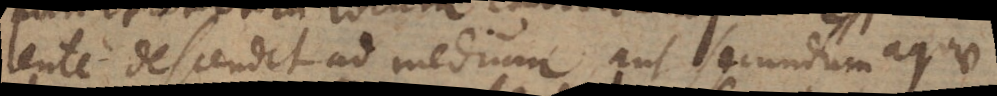
lente descendit ad medium, aut secundum aquae